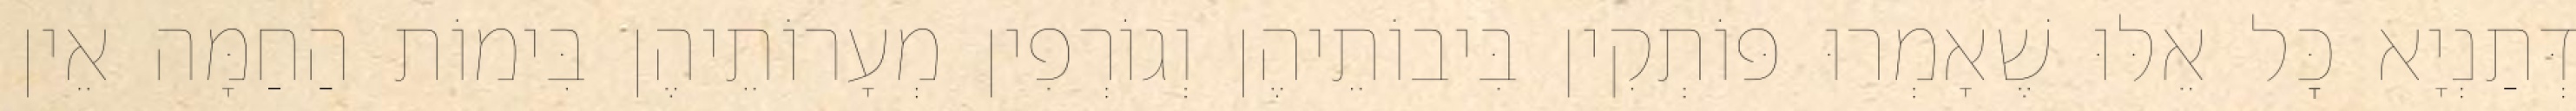
דְּתַנְיָא כׇּל אֵלּוּ שֶׁאָמְרוּ פּוֹתְקִין בִּיבוֹתֵיהֶן וְגוֹרְפִין מְעָרוֹתֵיהֶן בִּימוֹת הַחַמָּה אֵין